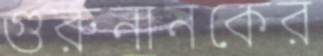
গুরুনানকের